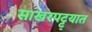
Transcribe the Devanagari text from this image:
साखरपट्ट्यात